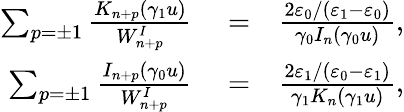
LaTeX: \begin{array}{rlr}{\sum_{p=\pm 1}\frac{K_{n+p}(\gamma_{1}u)}{W_{n+p}^{I}}}&{{}=}&{\frac{2\varepsilon_{0}/(\varepsilon_{1}-\varepsilon_{0})}{\gamma_{0}I_{n}(\gamma_{0}u)},}\\ {\sum_{p=\pm 1}\frac{I_{n+p}(\gamma_{0}u)}{W_{n+p}^{I}}}&{{}=}&{\frac{2\varepsilon_{1}/\left(\varepsilon_{0}-\varepsilon_{1}\right)}{\gamma_{1}K_{n}(\gamma_{1}u)},}\end{array}